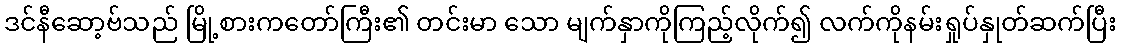
ဒင်နီဆော့ဗ်သည် မြို့စားကတော်ကြီး၏ တင်းမာ သော မျက်နှာကိုကြည့်လိုက်၍ လက်ကိုနမ်းရှုပ်နှုတ်ဆက်ပြီး